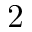
2